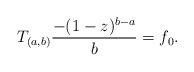
LaTeX: \begin{align*}T_{(a,b)} \frac{-(1-z)^{b-a}}{b} = f_0.\end{align*}